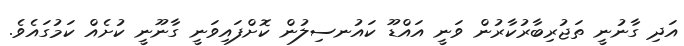
އަދި ގާނުނީ ތަޖުރިބާރުކާރުން ވަނީ އައްޑޫ ކައުނސިލުން ކޮށްފައިވަނީ ގާނޫނީ ކުށެއް ކަމުގައެވެ.